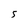
Character: 5